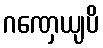
ဂဏှေယျပိ